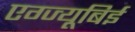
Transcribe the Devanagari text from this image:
एग्ज्यूबिई